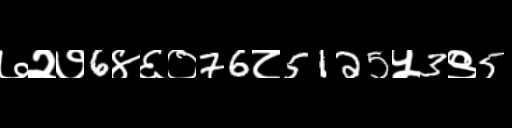
Text: ७२७6४६०76८5125५3९5